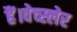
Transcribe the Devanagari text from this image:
हैं।वेच्स्लेर